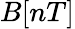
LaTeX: B[nT]